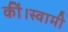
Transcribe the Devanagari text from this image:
कीं।स्वामी